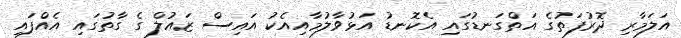
އަލަމާރި ދޮރުފަތުގެ އަތްގަނޑުގައި އެކޮނޑު އަޅުވާލުމާއިއެކު އައިސް ޒައުލް ގެ ގާތުގައި އެއްފައި